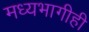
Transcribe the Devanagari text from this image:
मध्यभागीही